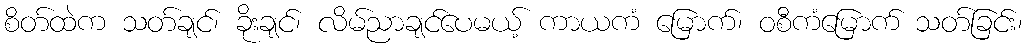
စိတ်ထဲက သတ်ချင်၊ ခိုးချင်၊ လိမ်ညာချင်ပေမယ့် ကာယကံ မြောက်၊ ဝစီကံမြောက် သတ်ခြင်း၊